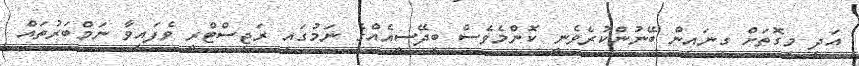
އަދި މިގޮތަށް ގިނައިން ބޭނުންކުރެވެނީ ކޮންމެވެސް ބިދޭސީއެއްގެ ނަމުގައި ރަޖިސްޓްރީ ވެފައިވާ ނަމްބަރުތައް